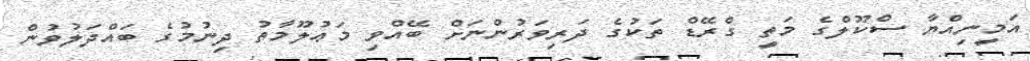
އަމީނިއްޔާ ސްކޫލްގެ މަތީ ގްރޭޑް ތަކުގެ ދަރިވަރުންނަށް ބޭއްވި މަޢުލޫމާތު ދިނުމުގެ ބައްދަލުވުން